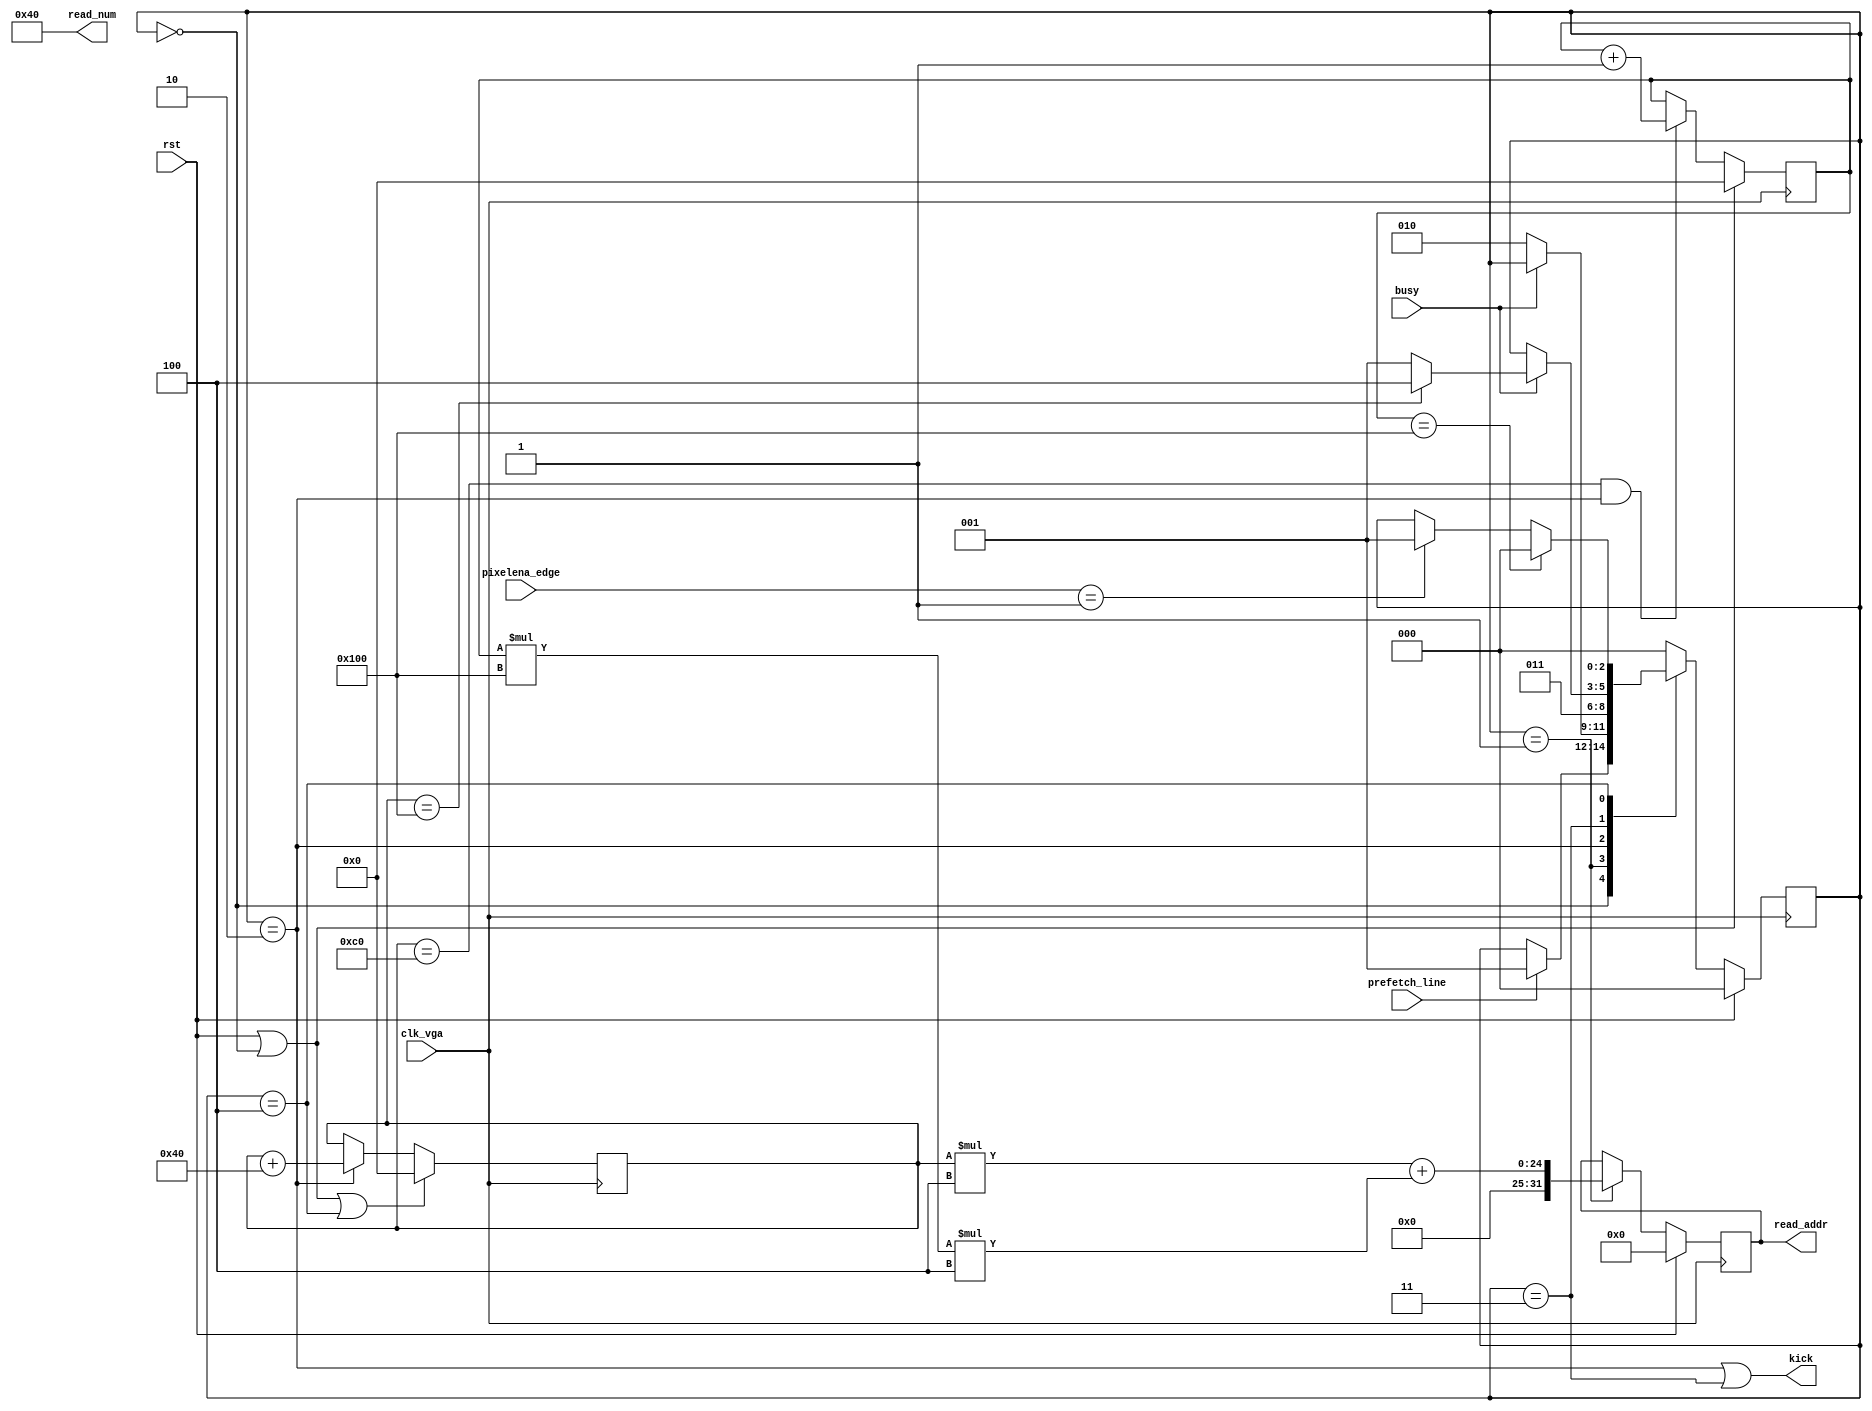
module hdmi_axi_addr#(
	parameter X_SIZE = 12'd256,
	parameter Y_SIZE = 12'd256
)(
	input wire			clk_vga,
	input wire			rst,
	input wire			prefetch_line,
	input wire [1:0]	pixelena_edge,

	input wire			busy,
	output wire			kick,
	output reg [31:0]	read_addr,
	output wire [31:0]	read_num
);
	//1word = 1pixel, 64pixel per transaction
	localparam WORD_SIZE = 12'd64;

	localparam s_idle = 3'h0;
	localparam s_addr_issue_idle = 3'h1;
	localparam s_addr_issue = 3'h2;
	localparam s_addr_issue_wait = 3'h3;
	localparam s_next_idle = 3'h4;

	//pixel num
	reg [11:0] x_cnt;
	reg [11:0] y_cnt;
	reg [2:0] state;

	always @ (posedge clk_vga) begin
		if(rst) begin
			state <= s_idle;
		end else begin
			case (state)
				s_idle:
					if(prefetch_line)
						state <= s_addr_issue_idle;
				s_addr_issue_idle :
					if(busy == 1'b0)
						state <= s_addr_issue;
				s_addr_issue:
					state <= s_addr_issue_wait;
				s_addr_issue_wait: begin
					if(busy == 1'b1) begin
						if(x_cnt == X_SIZE)
							state <= s_next_idle;
						else
							state <= s_addr_issue_idle;
					end
				end
				s_next_idle:
					if(y_cnt == Y_SIZE)
						state <= s_idle;
					else if(pixelena_edge == 2'b01)
						state <= s_addr_issue_idle;
				default: state <= s_idle;
			endcase
		end
	end

	always @ (posedge clk_vga) begin
		if(rst || (state == s_idle) || (state == s_next_idle))
			x_cnt <= 12'h0;
		else if(state == s_addr_issue)
			x_cnt <= x_cnt + WORD_SIZE;
	end
	
	always @ (posedge clk_vga) begin
		if(rst || state == s_idle)
			y_cnt <= 12'h0;
		else if((x_cnt == X_SIZE - WORD_SIZE) && (state == s_addr_issue))
			y_cnt <= y_cnt + 1;
	end

	assign kick = (state == s_addr_issue || state == s_addr_issue_wait);
	assign read_num = WORD_SIZE;

	always @ (posedge clk_vga) begin
		if(rst)
			read_addr <= 32'h0;
		else if(state == s_addr_issue_idle)			
			read_addr <= (x_cnt * 4 + y_cnt * X_SIZE *4);
	end

endmodule